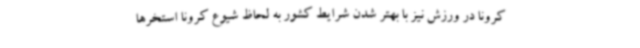
کرونا در ورزش نیز با بهتر شدن شرایط کشور به لحاظ شیوع کرونا استخرها